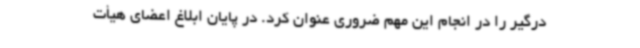
درگیر را در انجام این مهم ضروری عنوان کرد. در پایان ابلاغ اعضای هیأت